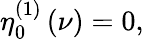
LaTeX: \eta_{0}^{\left(1\right)}\left(\nu\right)=0,